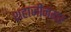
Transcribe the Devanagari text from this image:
शहाजीनगर